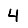
Digit: 4